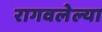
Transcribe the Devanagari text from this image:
रागवलेल्या